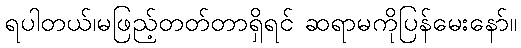
ရပါတယ်၊မဖြည့်တတ်တာရှိရင် ဆရာမကိုပြန်မေးနော်။